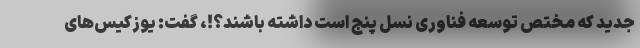
جدید که مختص توسعه فناوری نسل پنج است داشته باشند؟!، گفت: یوزکیس‌های